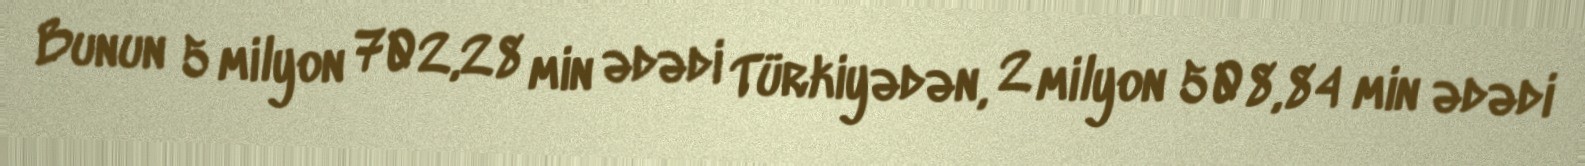
Bunun 5 milyon 702,28 min ədədi Türkiyədən, 2 milyon 508,84 min ədədi